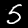
Label: 5